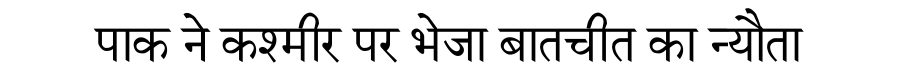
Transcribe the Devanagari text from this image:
पाक ने कश्मीर पर भेजा बातचीत का न्यौता